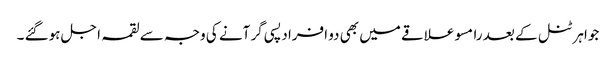
جواہر ٹنل کے بعد رامسو علاقے میں بھی دو افراد پسی گر آنے کی وجہ سے لقمہ اجل ہوگئے ۔